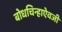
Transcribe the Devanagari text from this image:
बोधचिन्हाऐवजी